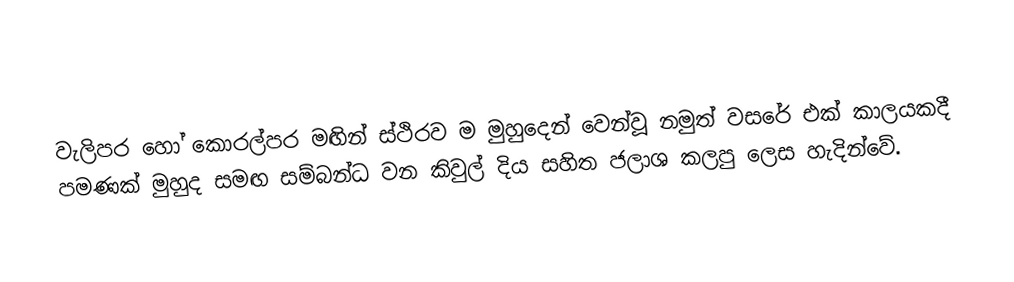
වැලිපර හෝ කොරල්පර මඟින් ස්ථිරව ම මුහුදෙන් වෙන්වූ නමුත් වසරේ එක් කාලයකදී පමණක් මුහුද සමඟ සම්බන්ධ වන කිවුල් දිය සහිත ජලාශ කලපු ලෙස හැදින්වේ.